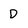
Character: D